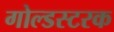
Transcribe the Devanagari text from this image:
गोल्डस्टरक